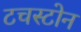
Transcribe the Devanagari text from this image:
टचस्‍टोन